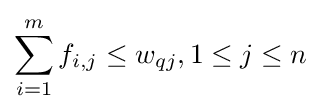
\sum _{i=1}^{m}{f_{i,j}}\leq w_{qj},1\leq j\leq n